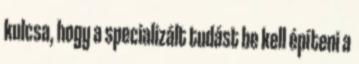
kulcsa, hogy a specializált tudást be kell építeni a